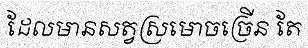
ដែលមានសត្វស្រមោចច្រើន តែ